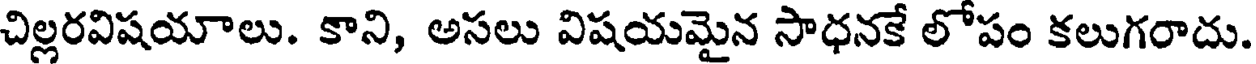
చిల్లరవిషయాలు. కాని, అసలు విషయమైన సాధనకే లోపం కలుగరాదు.